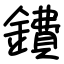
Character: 鐨